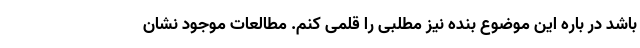
باشد در باره این موضوع بنده نیز مطلبی را قلمی کنم. مطالعات موجود نشان